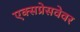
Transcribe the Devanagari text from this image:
एक्सप्रेसवेवर